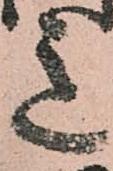
意